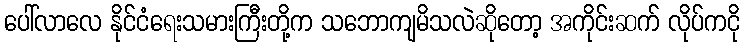
ပေါ်လာလေ နိုင်ငံရေးသမားကြီးတို့က သဘောကျမိသလဲဆိုတော့ အကိုင်းဆက် လိုပ်ကငို